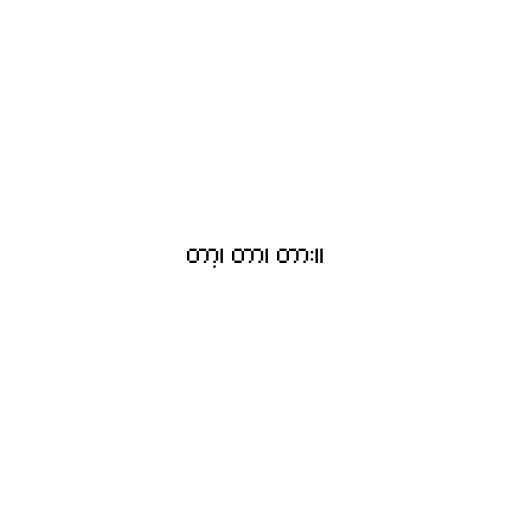
တာ့၊ တာ၊ တား။